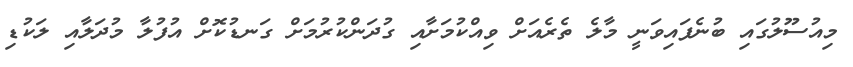
މިއުސޫލުގައި ބުނެފައިވަނީ މާލެ ތެރެއަށް ވިއްކުމަށާއި ގުދަންކުރުމަށް ގަނޑުކޮށް އުފުލާ މުދަލާއި ލަކުޑި